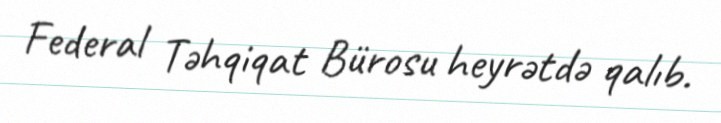
Federal Təhqiqat Bürosu heyrətdə qalıb.